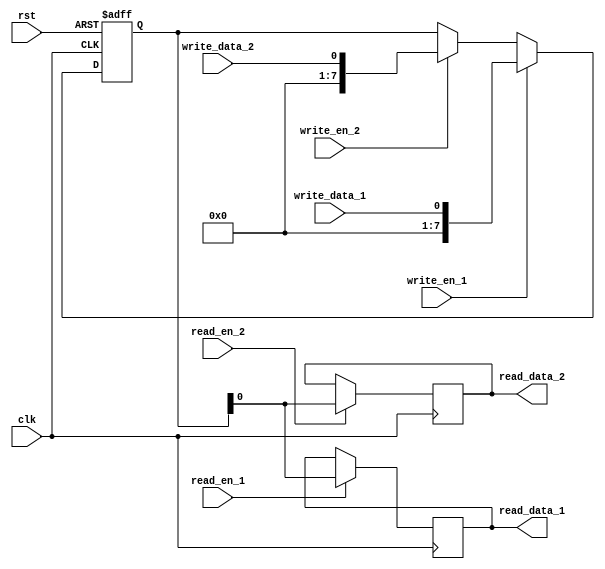
module DualPortBypassRegister (
    input wire  clk,
    input wire  rst,
    input wire  write_en_1,
    input wire  write_data_1,
    output reg  read_data_1,
    input wire  read_en_1,
    input wire  write_en_2,
    input wire  write_data_2,
    output reg  read_data_2,
    input wire  read_en_2
);

// Dual-port bypass register implementation
reg [7:0] data_reg;

always @ (posedge clk or posedge rst) begin
    if (rst) begin
        data_reg <= 8'h00;
    end else begin
        if (write_en_1) begin
            data_reg <= write_data_1;
        end else if (write_en_2) begin
            data_reg <= write_data_2;
        end
    end
end

// Timing control and synchronization for read operations
always @ (posedge clk) begin
    if (read_en_1) begin
        read_data_1 <= data_reg;
    end
    if (read_en_2) begin
        read_data_2 <= data_reg;
    end
end

endmodule